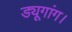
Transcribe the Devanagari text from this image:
ड्यूगांग।